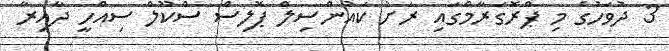
3 ދުވަހުގެ މި ޕްރޮގަރާމްގައި ރަށު ކައުންސިލް ޕޮލިސް ސްކޫލް ސިއްހީ ދާއިރާ